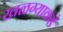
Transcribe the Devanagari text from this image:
खळग्याकडे